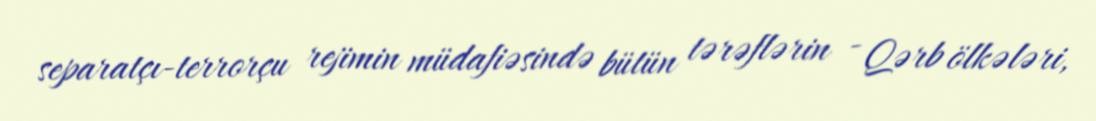
separatçı-terrorçu rejimin müdafiəsində bütün tərəflərin - Qərb ölkələri,